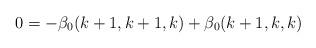
LaTeX: \begin{align*}0 = -\beta_0(k+1,k+1,k) + \beta_0(k+1,k,k)\end{align*}